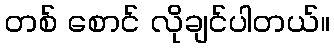
တစ် စောင် လိုချင်ပါတယ်။